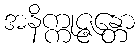
အနိက္ကုဇ္ဇန္တော